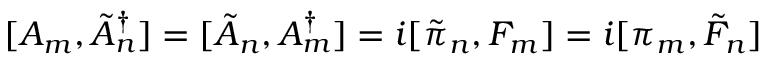
[ A _ { m } , \tilde { A } _ { n } ^ { \dagger } ] = [ \tilde { A } _ { n } , A _ { m } ^ { \dagger } ] = i [ \tilde { \pi } _ { n } , F _ { m } ] = i [ \pi _ { m } , \tilde { F } _ { n } ]